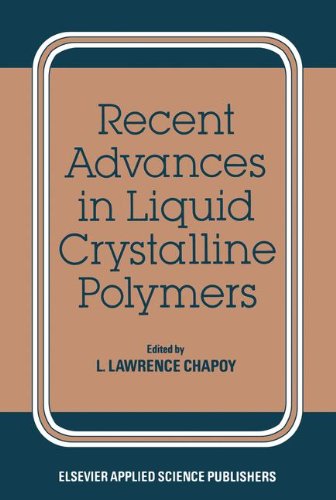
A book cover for Recent Advances in Liquid Crystalline Polymers; Science & Math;